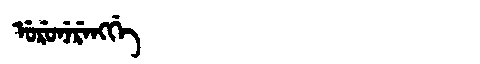
Manchu: ᡠᡵᡠᠨᡝᡵᡝᠩᡤᡝ
Romanization: URUNERENGGE